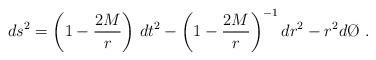
LaTeX: \begin{align*}ds^2 = \left(1 - \frac{2M}{r}\right)\, dt^2 - \left(1 -\frac{2M}{r}\right)^{-1} dr^2 - r^2 d\O \ .\end{align*}